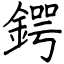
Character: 鍔